Report of the King Institute of Preventive Medicine, Guindy
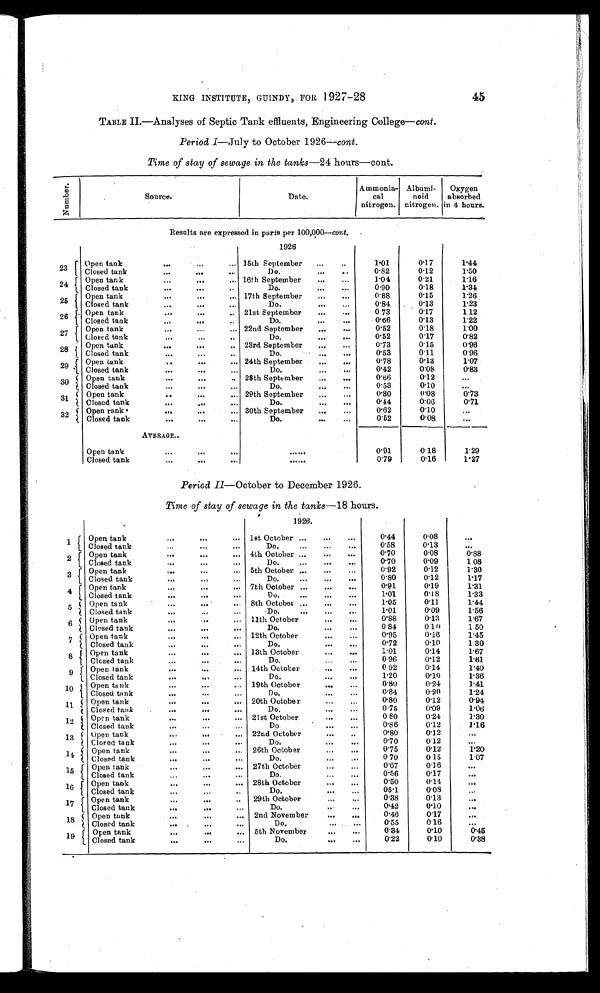
KING INSTITUTE, GUINDY, FOR 1927-28
45
TABLE II.— Analyses of Septic Tank effluents, Engineering College- cont.
Period I— July to October 1926— cont.
Time of stay of sewage in the tanks-24 hours-cont.
N u m b e r .
Source.
Date.
Ammonia-
cal
nitrogen.
Albumi-
noid
nitrogen.
Oxygen
absorbed
in 4 hours.
Resnlts are expressed in parts per 100,000— c o n t .
.
1926
23 Open tank
... ...
... 15th September ...
..
1.01
0.17
1 . 4 4
Closed tank
...
..
...
Do.
...
. .
0.82
0.12
1 . 5 0
24 Open tan k
...
... 16th September ...
1 . 0 4
0 . 2 1 1.16
Closed tank
...
...
..
Do.
. . . .
. . .
0.90
0.18
1 . 3 4
25 Open tank
...
...
17th September
. . .
.
0.88
0.15
1.26
Closed tank
...
...
...
Do.
.. ...
0.84
0.13
1.23
26 Open tark
... ...
.. 21st September ...
...
0 73
0.17
1 12
Closed tank
...
... ..
Do.
...
.
0 . 6 6
0.13
1 . 2 2
2 7
Open tank
...
...
... 22nd September ...
. . .
0.52
0.18
1.00
CClosed tank
...
..
Do.
... ...
0 . 5 2
0.17
0.82
28 Open tank
... ...
23rd September .
...
0.73
0.15
0.96
Closed tank
..
...
..
Do.
...
. . .
0.53
0.11
0.96
29 Open tank
..
...
... 24th September ... ...
0 . 7 8
0.13
1 . 0 7
Closed tank
...
...
...
Do.
. . .
. . .
0.42
0.08
0.83
30 Open
Open tank
...
...
.. 28th September .
...
0.66
0.12
...
Closed tank
...
.. ...
Do.
...
. . .
0.53
0.10
. . .
31
Open tank
..
...
... 29th September .
...
0.80
0 . 0 8 0.73
Closed tank
... ..
...
Do.
...
. . .
0.44
0.06
0.71
32
.
...
...
Open r tank ..
30th September
...
0.62
0.10
. . .
Closed tank
...
...
.
...
Do.
. . . . .
0.52
0.08
. . .
AVERAGE..
Open tank
... ...
...
. . . . . .
0.91
0.18
1 . 2 9
Closed tank
...
...
...
. . . . . .
0.79
0.16
1 . 2 7
Period II-October to December 1926.
Time of stay of sewage in the tanks- 18 hours.
1
Open tank
...
...
...
1926.
0.44
0.08
...
1st October ...
...
...
0.58
Closed tank
...
... ...
Do.
...
... ...
0.13
. . .
0 .70
0.88
0.08
2 Open tank ... ...
4th October ..
...
...
.
0.70
0.09
1 08
. •
Closed tank .
...
..•
...
Do.
...
...
. . .
0.12
0.92
1 . 3 0
3
Open tank
... ...
... 5th October ...
...
...
0.12
1 . 1 7
Closed tank
...
.
Do.
Do.
...
. . .
0.80
4 Open tank
...
.. ... 7th October ... ... ...
0.91
0.19
1.31
1.01
0.18
Closed tank
.. ...
...
Do.
...
...
. . .
1.33
1.05
0.11
5 Open tank
...
.. .
... 8th October ..
...
...
. 1 4 4
1.01
0.09
Closed tank
...
... ...
Do.
...
.....
1.56
0.88
6 Open tank
...
... 11th October
...
...
0.13
1 . 6 7
0.84
0 1 0
Closed tank
.. ...
...
Do.
.
. . .
1 50
0.95
0.16
7 Open tank
....
... 12th October
...
.
1.45
0.10
Closed tank
...
...
Do.
....
. . .
0.72
1.30
8 Open tank
...
... ... 13th October
1.01
0.14
1 . 6 7
0.96
0.12
1.61
Closed tank
4 ..
...
Do.
...
...
0 92
0.14
1 . 4 0
9 Open tank
... 14th October
.. ...
1.20
0.10
1 . 3 6
Closed tank
... ... .,
Do.
...
. . .
0.80
0.24
1 . 4 1
10 Open tank
... ...
... 19th October
0.84
0.20
Closed tank
...
...
...
Do.
...
...
1 . 2 4
11
Open tank
.... .....
20th October
...
...
0.80
0.12
0.94
0.09
0.75
1 . 0 6
Closed tank
.
...
... ...
Do.
...
...
0 80
0.24
12 Open tank
... ...
21st October
....
•
1 . 3 0
0.86
0.12
Closed tank
...
...
,..
Do.
. .
. .
. . .
1 . 1 6
0.80
0.12
13 Open tank
... ...
... 22nd October
...
..
...
0.70
0.12
Cloned tank
..
.. ...
Do.
...
..
. . . . . .
0.75
0.12
1 . 2 0
14 Open tank
...
...
... 26th October
..
....
1.07
0 70
0 15
Closed tank
...
...
...
Do.
...
15
Open tank
.......
... 27th October
...
...
0.67
0.16
. . .
Closed tank
,..
..
...
Do.
...
....
0.56
0.17
...
16
.
Open tank
.
...
. 28th October
...
...
0.50
0.11
. . .
0.08
05.1
Closed tank
...
...
Do.
...
.. .
...
17 Open tank
. ..
...
..
29th October
...
. . .
0.38
0.13
. . .
0.10
0.42
Closed tank
...
...
. ..
Do.
. . .
. . .
017
0.46
8
Open tank
... ...
... 2nd November
... ...
. . .
0.16
0.55
Closed tank
...
..
...
Do.
... .
. . .
. . .
0.34
0.10
0.45
9
Open tank
... ..
... 5th November
...
. . .
0.22
0.10
0.88
Closed tank
...
...
...
Do.
. . . . . .